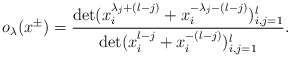
\begin{align*}o_\lambda(x^{\pm})=\frac{\det(x^{\lambda_j+(l-j)}_i+x^{-\lambda_j-(l-j)}_i)^l_{i,j=1}}{\det(x^{l-j}_i+x^{-(l-j)}_i)^l_{i,j=1}}.\end{align*}